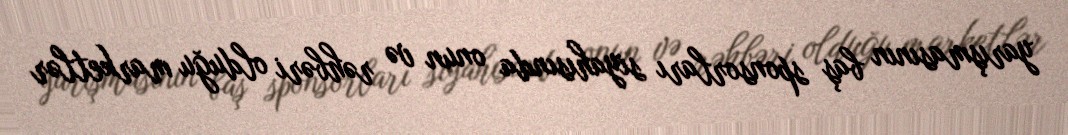
yarışmasının baş sponsorları siyahısında onun və rəhbəri olduğu marketlər